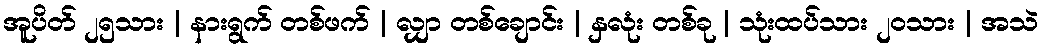
အူပိတ် ၂၅သား | နားရွက် တစ်ဖက် | လျှာ တစ်ချောင်း | နှလုံး တစ်ခု | သုံးထပ်သား ၂၀သား | အသဲ